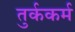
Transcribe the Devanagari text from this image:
तुर्ककर्म